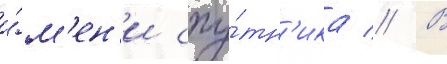
и́м'ен'и спу́тн'ика // В